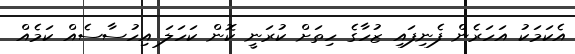
އެކަމަކު އަހަރެން ފެނިފައި ޒުހާގެ ހިތަށް ކުރަނީ ކޮން ކަހަލަ އިހުސާސެއް ކަމެއް